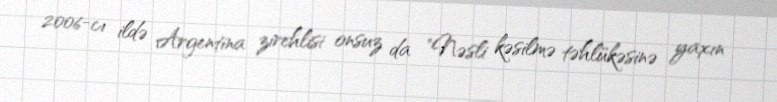
2006-cı ildə Argentina zirehlisi onsuz da "Nəsli kəsilmə təhlükəsinə yaxın